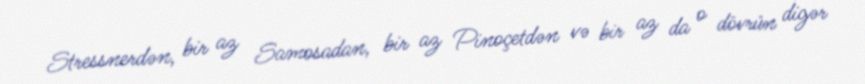
Stressnerdən, bir az Samosadan, bir az Pinoçetdən və bir az da o dövrün digər